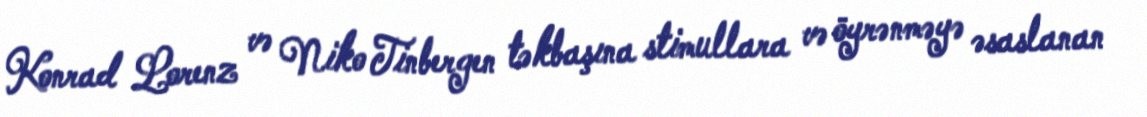
Konrad Lorenz və Niko Tinbergen təkbaşına stimullara və öyrənməyə əsaslanan